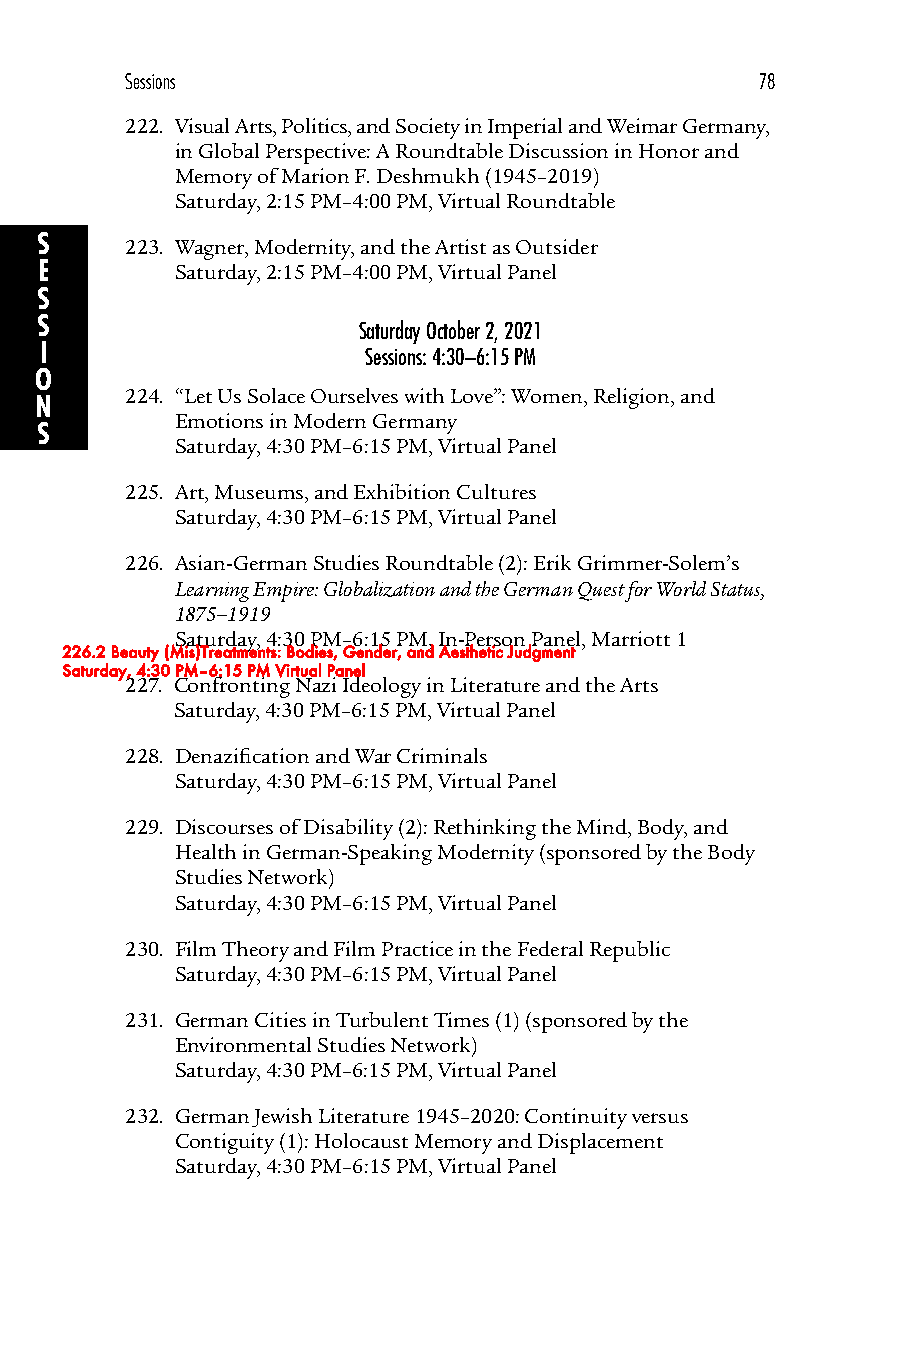
Sessions                                  78
 222. Visual Arts, Politics, and Society in Imperial and Weimar Germany,
 in Global Perspective: A Roundtable Discussion in Honor and
 Memory of Marion F. Deshmukh (1945–2019)
 Saturday, 2:15 PM–4:00 PM, Virtual Roundtable
 S     223. Wagner, Modernity, and the Artist as Outsider
 E        Saturday, 2:15 PM–4:00 PM, Virtual Panel
 S
 S
 Saturday October 2, 2021
 I                    Sessions: 4:30–6:15 PM
 O
 224. “Let Us Solace Ourselves with Love”: Women, Religion, and
 N
 Emotions in Modern Germany
 S
 Saturday, 4:30 PM–6:15 PM, Virtual Panel
 225. Art, Museums, and Exhibition Cultures
 Saturday, 4:30 PM–6:15 PM, Virtual Panel
 226. Asian-German Studies Roundtable (2): Erik Grimmer-Solem’s
 Learning Empire: Globalization and the German Quest for World Status,
 1875–1919
 Saturday, 4:30 PM–6:15 PM, In-Person Panel, Marriott 1
 226.2 Beauty (Mis)Treatments: Bodies, Gender, and Aesthetic Judgment
 Saturday, 4:30 PM–6:15 PM Virtual Panel
 227. Confronting Nazi Ideology in Literature and the Arts
 Saturday, 4:30 PM–6:15 PM, Virtual Panel
 228. Denazification and War Criminals
 Saturday, 4:30 PM–6:15 PM, Virtual Panel
 229. Discourses of Disability (2): Rethinking the Mind, Body, and
 Health in German-Speaking Modernity (sponsored by the Body
 Studies Network)
 Saturday, 4:30 PM–6:15 PM, Virtual Panel
 230. Film Theory and Film Practice in the Federal Republic
 Saturday, 4:30 PM–6:15 PM, Virtual Panel
 231. German Cities in Turbulent Times (1) (sponsored by the
 Environmental Studies Network)
 Saturday, 4:30 PM–6:15 PM, Virtual Panel
 232. German Jewish Literature 1945–2020: Continuity versus
 Contiguity (1): Holocaust Memory and Displacement
 Saturday, 4:30 PM–6:15 PM, Virtual Panel